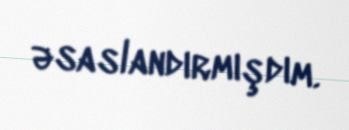
əsaslandırmışdım.